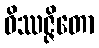
ဝိဿဇ္ဇိတော